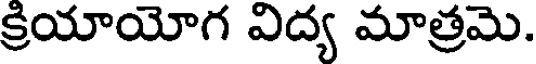
క్రియాయోగ విద్య మాత్రమె.